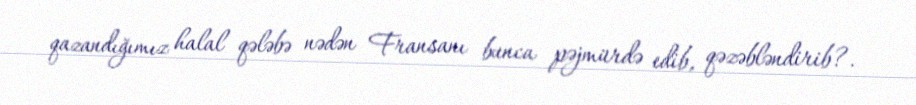
qazandığımız halal qələbə nədən Fransanı bunca pəjmürdə edib, qəzəbləndirib?.